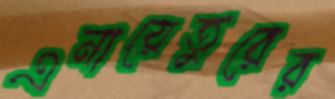
এনায়েতুরের